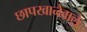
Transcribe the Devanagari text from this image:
छापखानेवाले